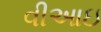
વીઆઇ